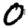
Digit: 0